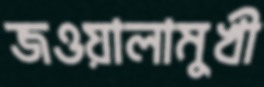
জওয়ালামুখী